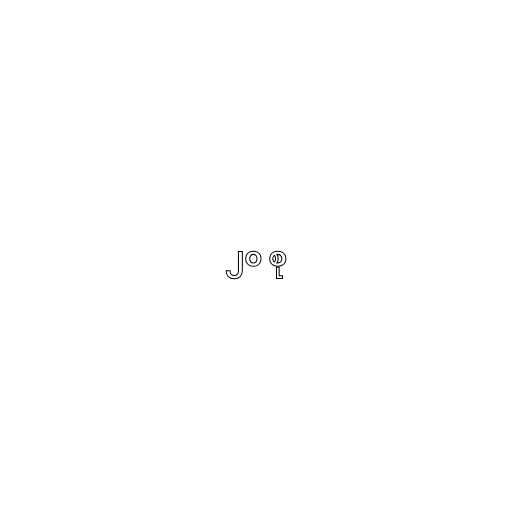
၂၀ စု